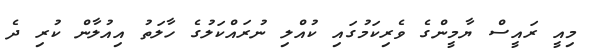
މިއީ ރައީސް ޔާމީންގެ ވެރިކަމުގައި ކުއްލި ނުރައްކަލުގެ ހާލަތު އިއުލާން ކުރި ދެ